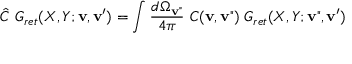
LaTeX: \hat { C } \ G _ { r e t } ( X , Y ; { \bf v } , { \bf v ^ { \prime } } ) = \int { \frac { d \Omega _ { \bf v " } } { 4 \pi } } \ C ( { \bf v } , { \bf v " } ) \ G _ { r e t } ( X , Y ; { \bf v " } , { \bf v ^ { \prime } } )